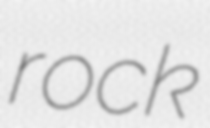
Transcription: rock